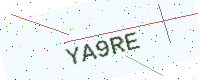
Text: YA9RE